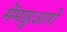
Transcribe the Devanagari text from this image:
मेंमछुआरों